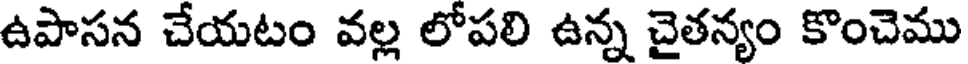
ఉపాసన చేయటం వల్ల లోపలి ఉన్న చైతన్యం కొంచెము